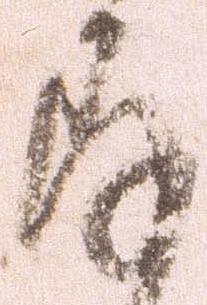
存